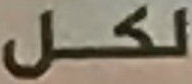
لكل